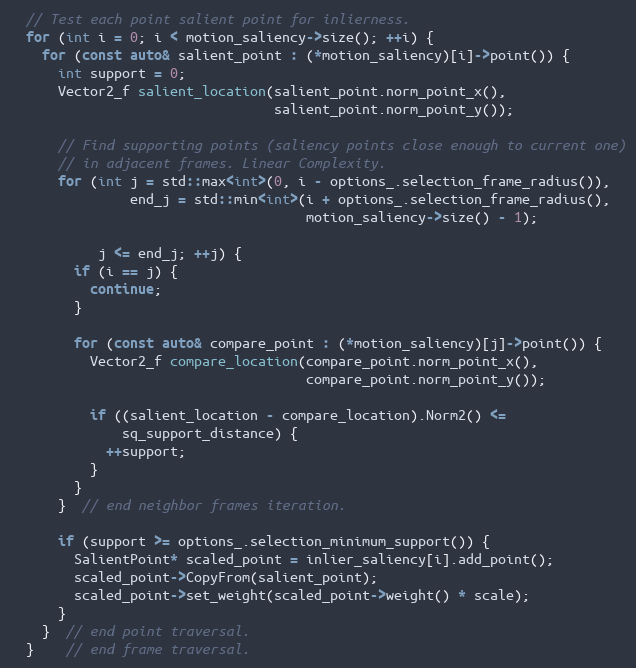
Language: C++
  // Test each point salient point for inlierness.
  for (int i = 0; i < motion_saliency->size(); ++i) {
    for (const auto& salient_point : (*motion_saliency)[i]->point()) {
      int support = 0;
      Vector2_f salient_location(salient_point.norm_point_x(),
                                 salient_point.norm_point_y());

      // Find supporting points (saliency points close enough to current one)
      // in adjacent frames. Linear Complexity.
      for (int j = std::max<int>(0, i - options_.selection_frame_radius()),
               end_j = std::min<int>(i + options_.selection_frame_radius(),
                                     motion_saliency->size() - 1);

           j <= end_j; ++j) {
        if (i == j) {
          continue;
        }

        for (const auto& compare_point : (*motion_saliency)[j]->point()) {
          Vector2_f compare_location(compare_point.norm_point_x(),
                                     compare_point.norm_point_y());

          if ((salient_location - compare_location).Norm2() <=
              sq_support_distance) {
            ++support;
          }
        }
      }  // end neighbor frames iteration.

      if (support >= options_.selection_minimum_support()) {
        SalientPoint* scaled_point = inlier_saliency[i].add_point();
        scaled_point->CopyFrom(salient_point);
        scaled_point->set_weight(scaled_point->weight() * scale);
      }
    }  // end point traversal.
  }    // end frame traversal.